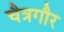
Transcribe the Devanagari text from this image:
चैत्रगौर